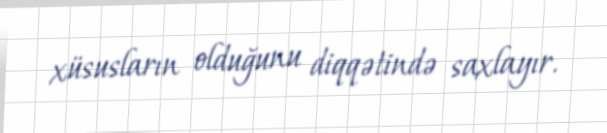
xüsusların olduğunu diqqətində saxlayır.